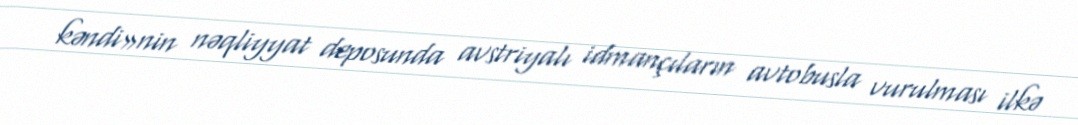
kəndi»nin nəqliyyat deposunda avstriyalı idmançıların avtobusla vurulması ilkə